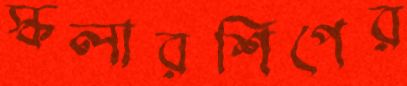
স্কলারশিপের